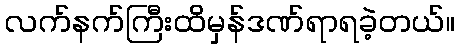
လက်နက်ကြီးထိမှန်ဒဏ်ရာရခဲ့တယ်။